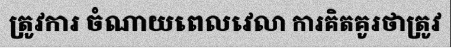
ត្រូវការ ចំណាយពេលវេលា ការគិតគូរថាត្រូវ